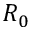
R _ { 0 }